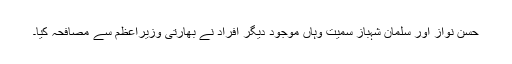
حسن نواز اور سلمان شہباز سمیت وہاں موجود دیگر افراد نے بھارتی وزیراعظم سے مصافحہ کیا۔